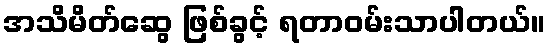
အသိမိတ်ဆွေ ဖြစ်ခွင့် ရတာဝမ်းသာပါတယ်။